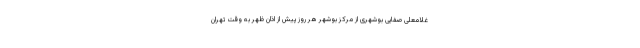
غلامعلی صفایی بوشهری از مرکز بوشهر هر روز پیش از اذان ظهر به وقت تهران